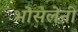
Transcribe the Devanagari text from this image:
भोसलेनी